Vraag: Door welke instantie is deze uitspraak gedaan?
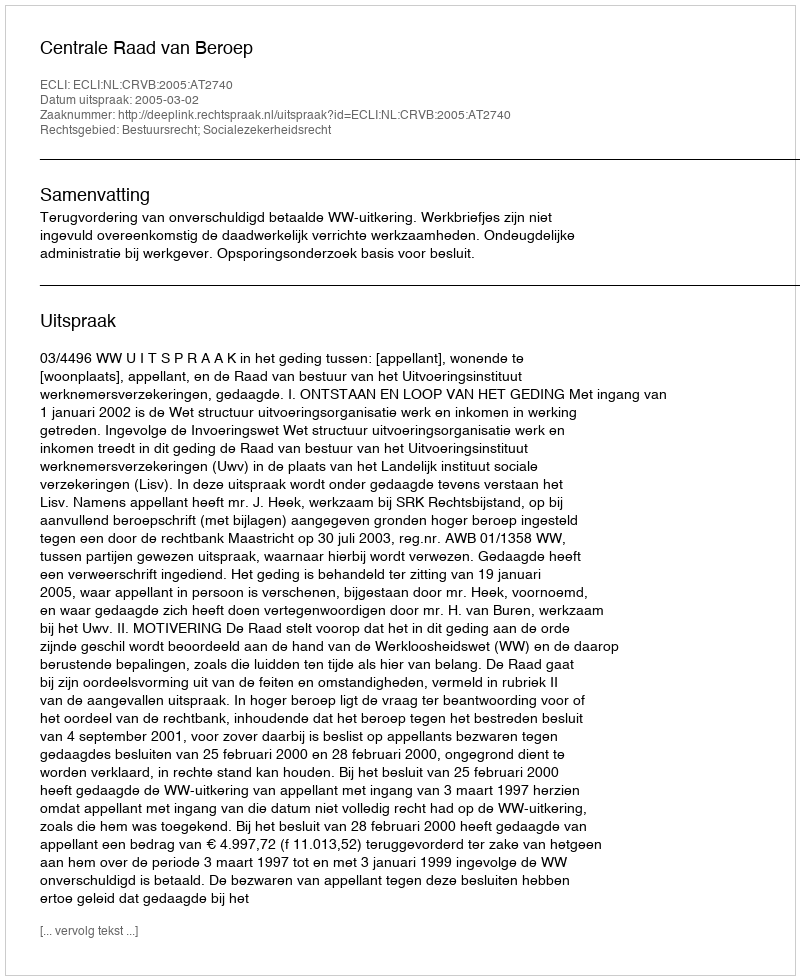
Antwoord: Centrale Raad van Beroep